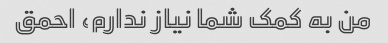
من به کمک شما نیاز ندارم، احمق